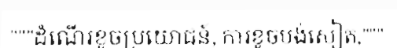
"""ដំណើរខូចប្រយោជន៍, ការខូចបង់សៀត,"""